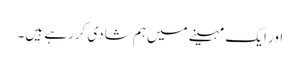
اور ایک مہینے میں‌ہم شادی کررہے ہیں۔